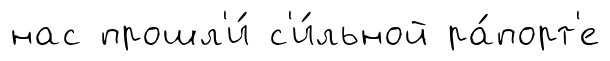
нас прошл'и́ с'и́льной ра́порт'е